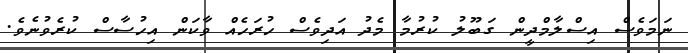
ނަމަވެސް އިސްލާމްދީން ގަބޫލު ކުރުމާ މެދު އަދިވެސް ހުރަހެއް ވާކަން އިހުސާސް ކުރެވުނެވެ.